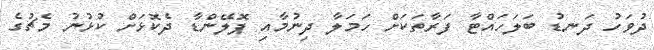
ދުވަހު ދަނޑު ބަލަހައްޓާ ފަރާތަކަށް ހަމަލާ ދިނުމާއި ޕޮލޭންޑާ ދެކޮޅަށް ކުޅުނު މެޗުގެ